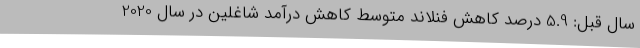
سال قبل: 5.9 درصد کاهش فنلاند متوسط کاهش درآمد شاغلین در سال 2020